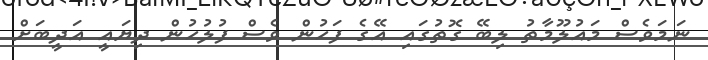
ނަމަވެސް މައުލޫމާތު ލިބޭ ގޮތުގައި އޭގެ ފަހުން ވެސް ފުލުހުން ދިޔައީ އަދީބަށް